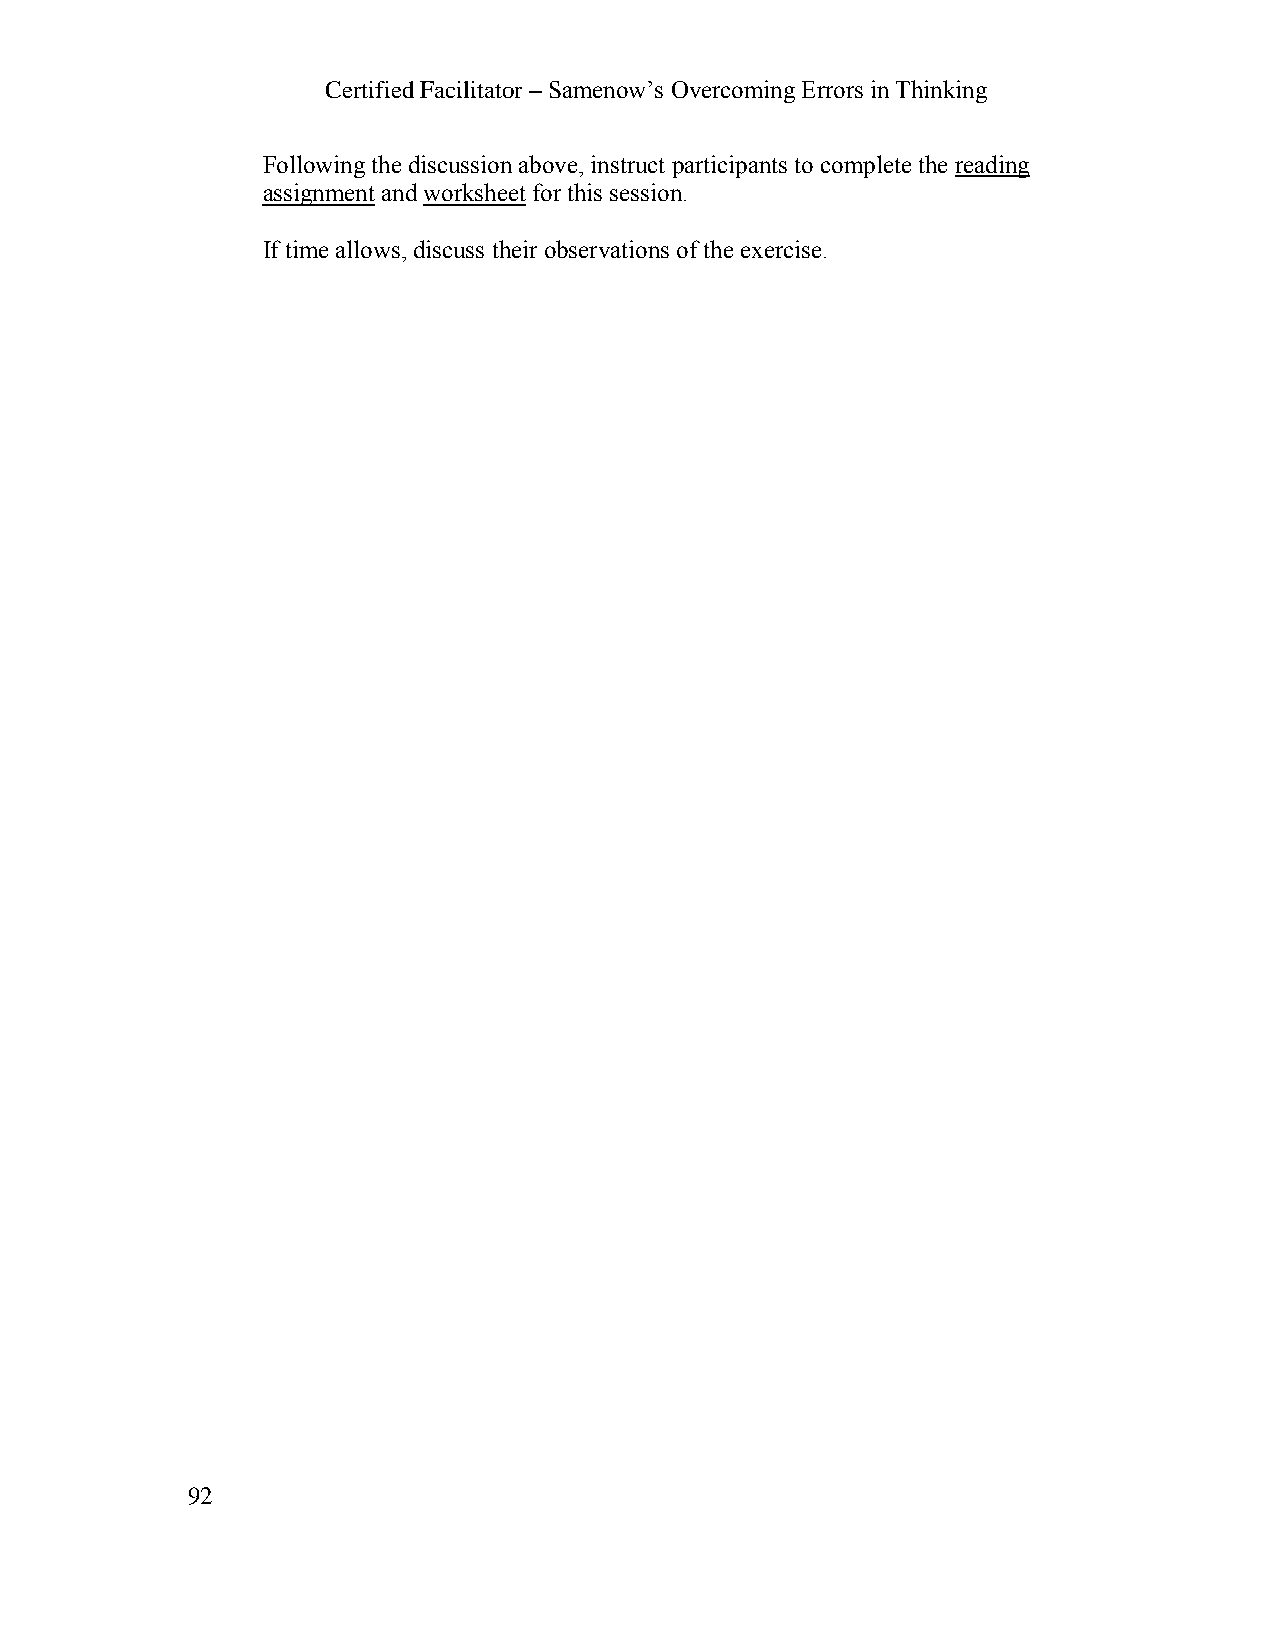
Certified Facilitator – Samenow’s Overcoming Errors in Thinking
 Following the discussion above, instruct participants to complete the reading
 assignment and worksheet for this session.
 If time allows, discuss their observations of the exercise.
 92